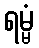
ရမ္မံ